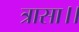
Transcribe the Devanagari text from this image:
त्रासा।।